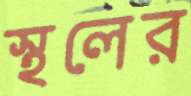
স্থলের